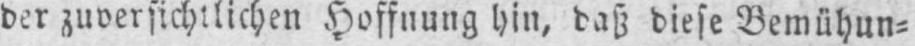
der zuversichtlichen Hoffnung hin, daß diese Bemühun⸗